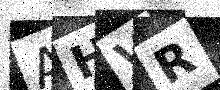
Text: AHVR